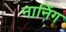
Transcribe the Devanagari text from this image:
नानिंग